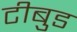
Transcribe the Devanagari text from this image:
टीबुड